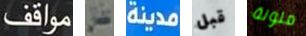
مواقف عفان مدينة قبل ملونة